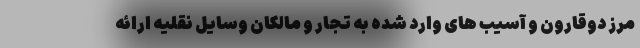
مرز دوقارون و آسیب های وارد شده به تجار و مالکان وسایل نقلیه ارائه